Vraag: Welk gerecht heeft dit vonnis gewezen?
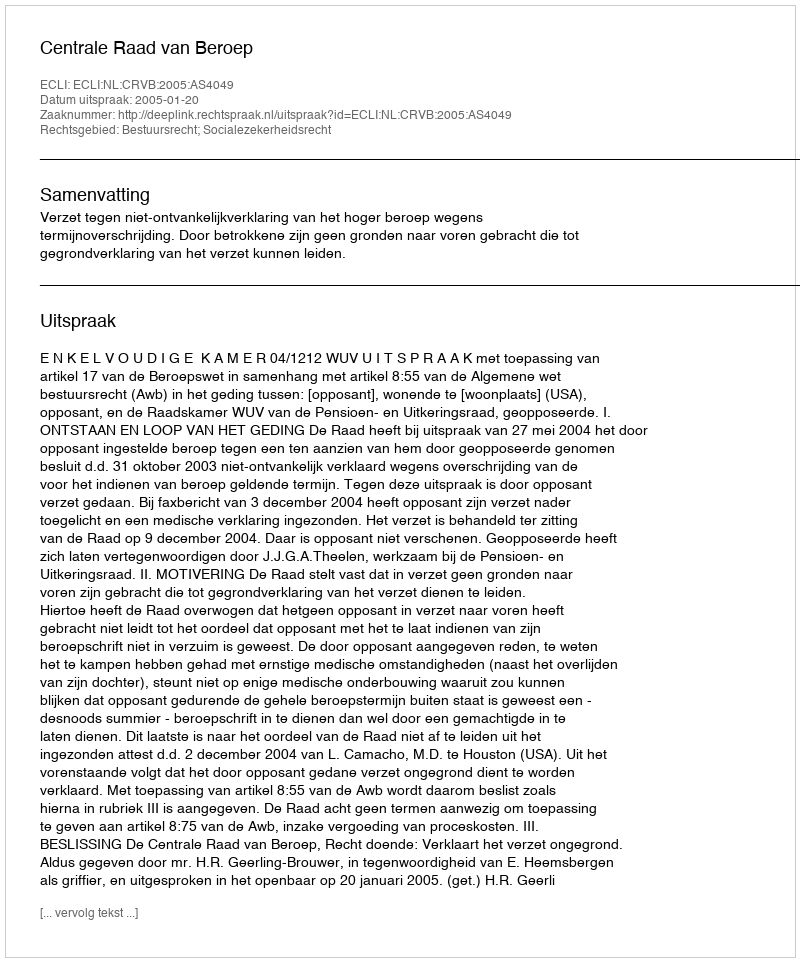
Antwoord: Centrale Raad van Beroep